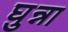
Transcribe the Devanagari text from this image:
घुन्ना